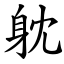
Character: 躭